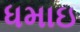
ધમાઇ